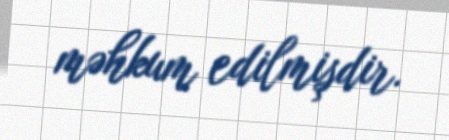
məhkum edilmişdir.